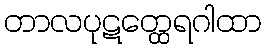
တာလပုဋတ္ထေရဂါထာ